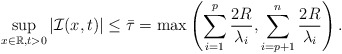
\begin{align*} \sup_{x\in\mathbb{R},t>0}|\mathcal{I}(x,t)|\leq \bar{\tau}=\max\left(\sum_{i=1}^p \frac{2R}{\lambda_i},\sum_{i=p+1}^n \frac{2R}{\lambda_i}\right).\end{align*}